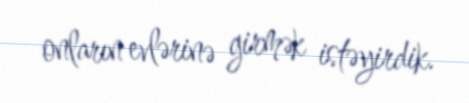
onların evlərinə girmək istəyirdik.